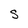
Character: S